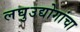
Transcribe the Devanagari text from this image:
लघुउद्योगांचा